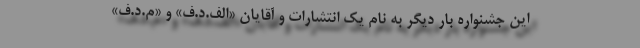
این جشنواره بار دیگر به نام یک انتشارات و آقایان «الف.د.ف» و «م.د.ف»